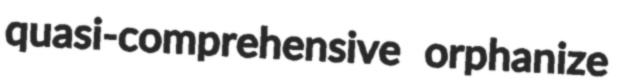
quasi-comprehensive orphanize